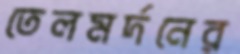
তেলমর্দনের